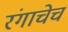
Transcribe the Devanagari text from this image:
रंगाचेच